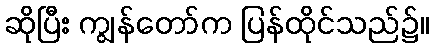
ဆိုပြီး ကျွန်တော်က ပြန်ထိုင်သည်၌။